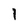
Character: l